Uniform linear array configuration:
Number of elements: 16
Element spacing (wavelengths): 0.75
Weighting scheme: blackman
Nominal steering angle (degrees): -45
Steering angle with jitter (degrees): -43.638
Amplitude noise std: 0.05
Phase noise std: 0.05

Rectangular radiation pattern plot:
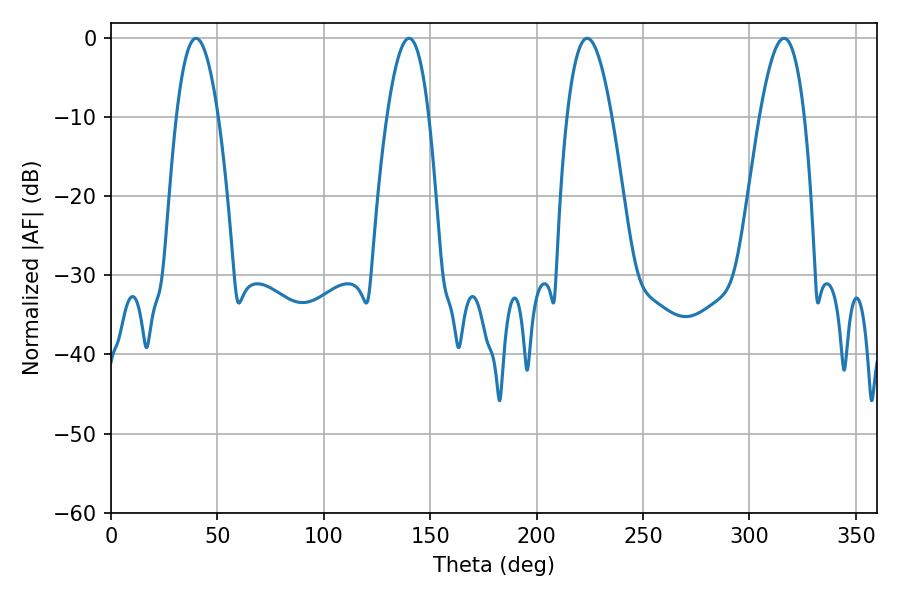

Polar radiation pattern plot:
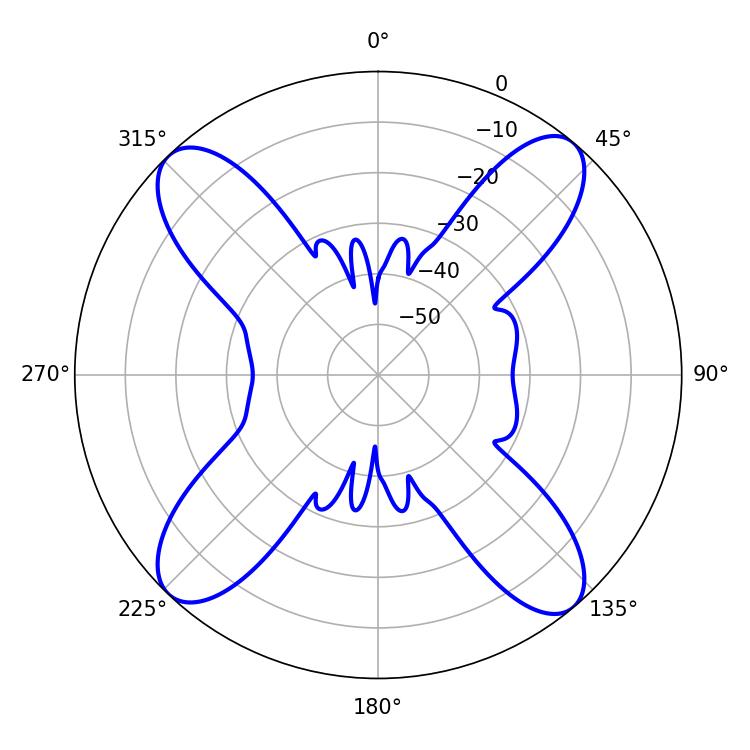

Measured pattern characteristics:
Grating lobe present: TRUE
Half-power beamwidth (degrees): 11.52
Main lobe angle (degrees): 223.74